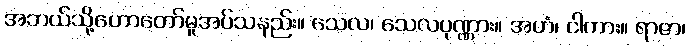
အဘယ်သို့ဟောတော်မူအပ်သနည်း။ သေလ၊ သေလပုဏ္ဏား။ အဟံ၊ ငါကား။ ရာဇာ၊